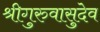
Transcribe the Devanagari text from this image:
श्रीगुरुवासुदेव